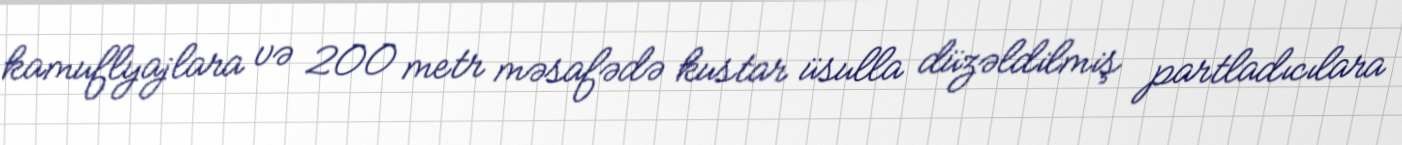
kamuflyajlara və 200 metr məsafədə kustar üsulla düzəldilmiş partladıcılara